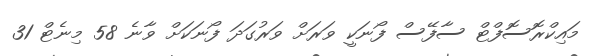
މައިކްރޮސޮފްޓް ސާފޭސް ފޯނަކީ ވަރަށް ވަރުގަދަ ފޯނަކަށް ވާނެ 58 މިނެޓް 31